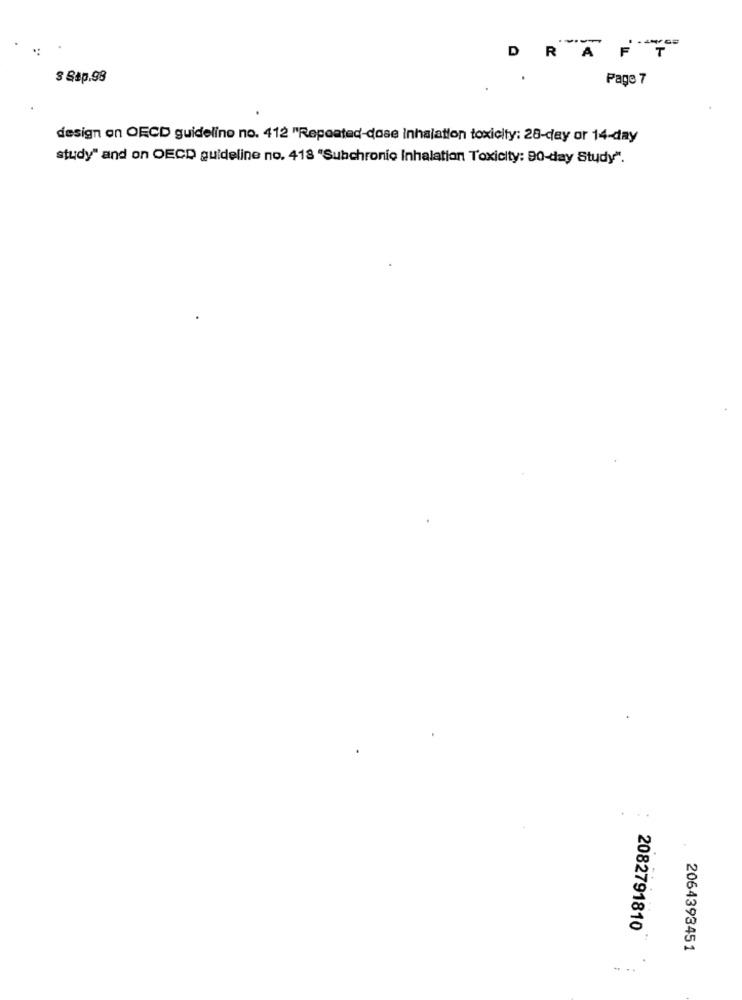
DRA
E
T
s Sap.98
Page 7
design on OECD guideline no. 412 "Repeated-dose inhalation toxicity: 28-day or 14-day
study" and on OECD guideline no. 418 "Subchronio Inhalation Toxicity: 90-day Study".
270
2082791810
...
2064393451